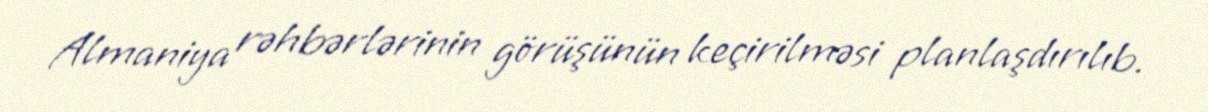
Almaniya rəhbərlərinin görüşünün keçirilməsi planlaşdırılıb.